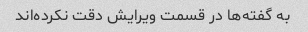
به گفته‌ها در قسمت ویرایش دقت نکرده‌اند